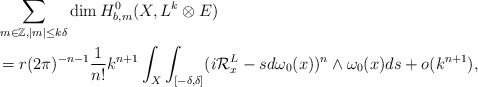
\begin{align*} &\sum_{m\in\mathbb{Z},\left\vert m\right\vert\leq k\delta}\mathrm{dim\,}H^0_{b,m}(X,L^k\otimes E) \\&=r(2\pi)^{-n-1}\frac{1}{n!}k^{n+1}\int_X\int_{[-\delta,\delta]}(i\mathcal{R}^L_x-sd\omega_0(x))^{n}\wedge\omega_0(x)ds+o(k^{n+1}),\end{align*}